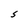
Character: S